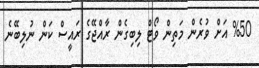
%50 އަށް ވުރެން މަތިން ވޯޓް ލިބިގެން ރާއްޖޭގެ ރައީސް ކަން ނުލިބޭނެ